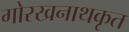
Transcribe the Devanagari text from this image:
गोरखनाथकृत